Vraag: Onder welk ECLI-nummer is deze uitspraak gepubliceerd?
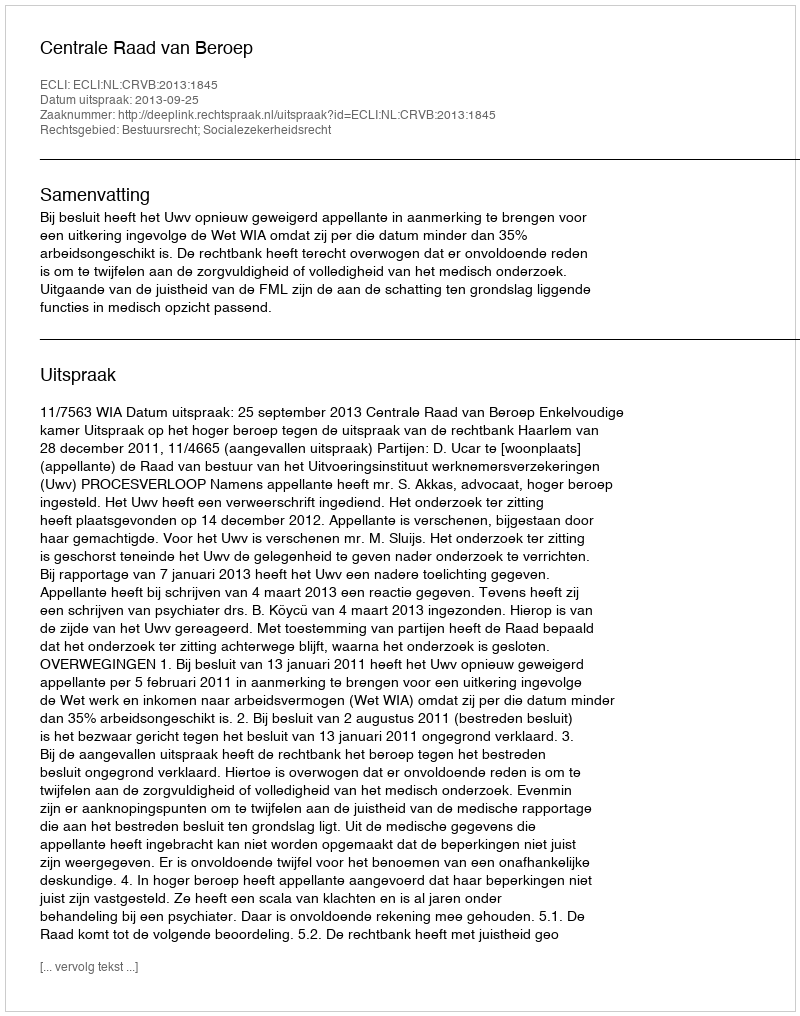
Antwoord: ECLI:NL:CRVB:2013:1845